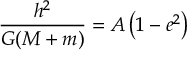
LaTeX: { \frac { h ^ { 2 } } { G ( M + m ) } } = A \left( 1 - e ^ { 2 } \right)